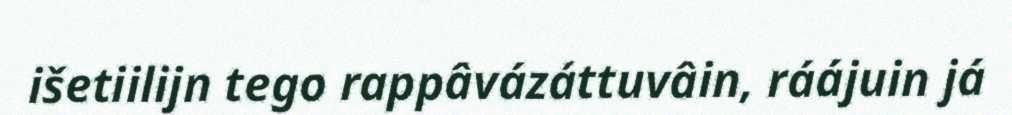
išetiilijn tego rappâvázáttuvâin, ráájuin já